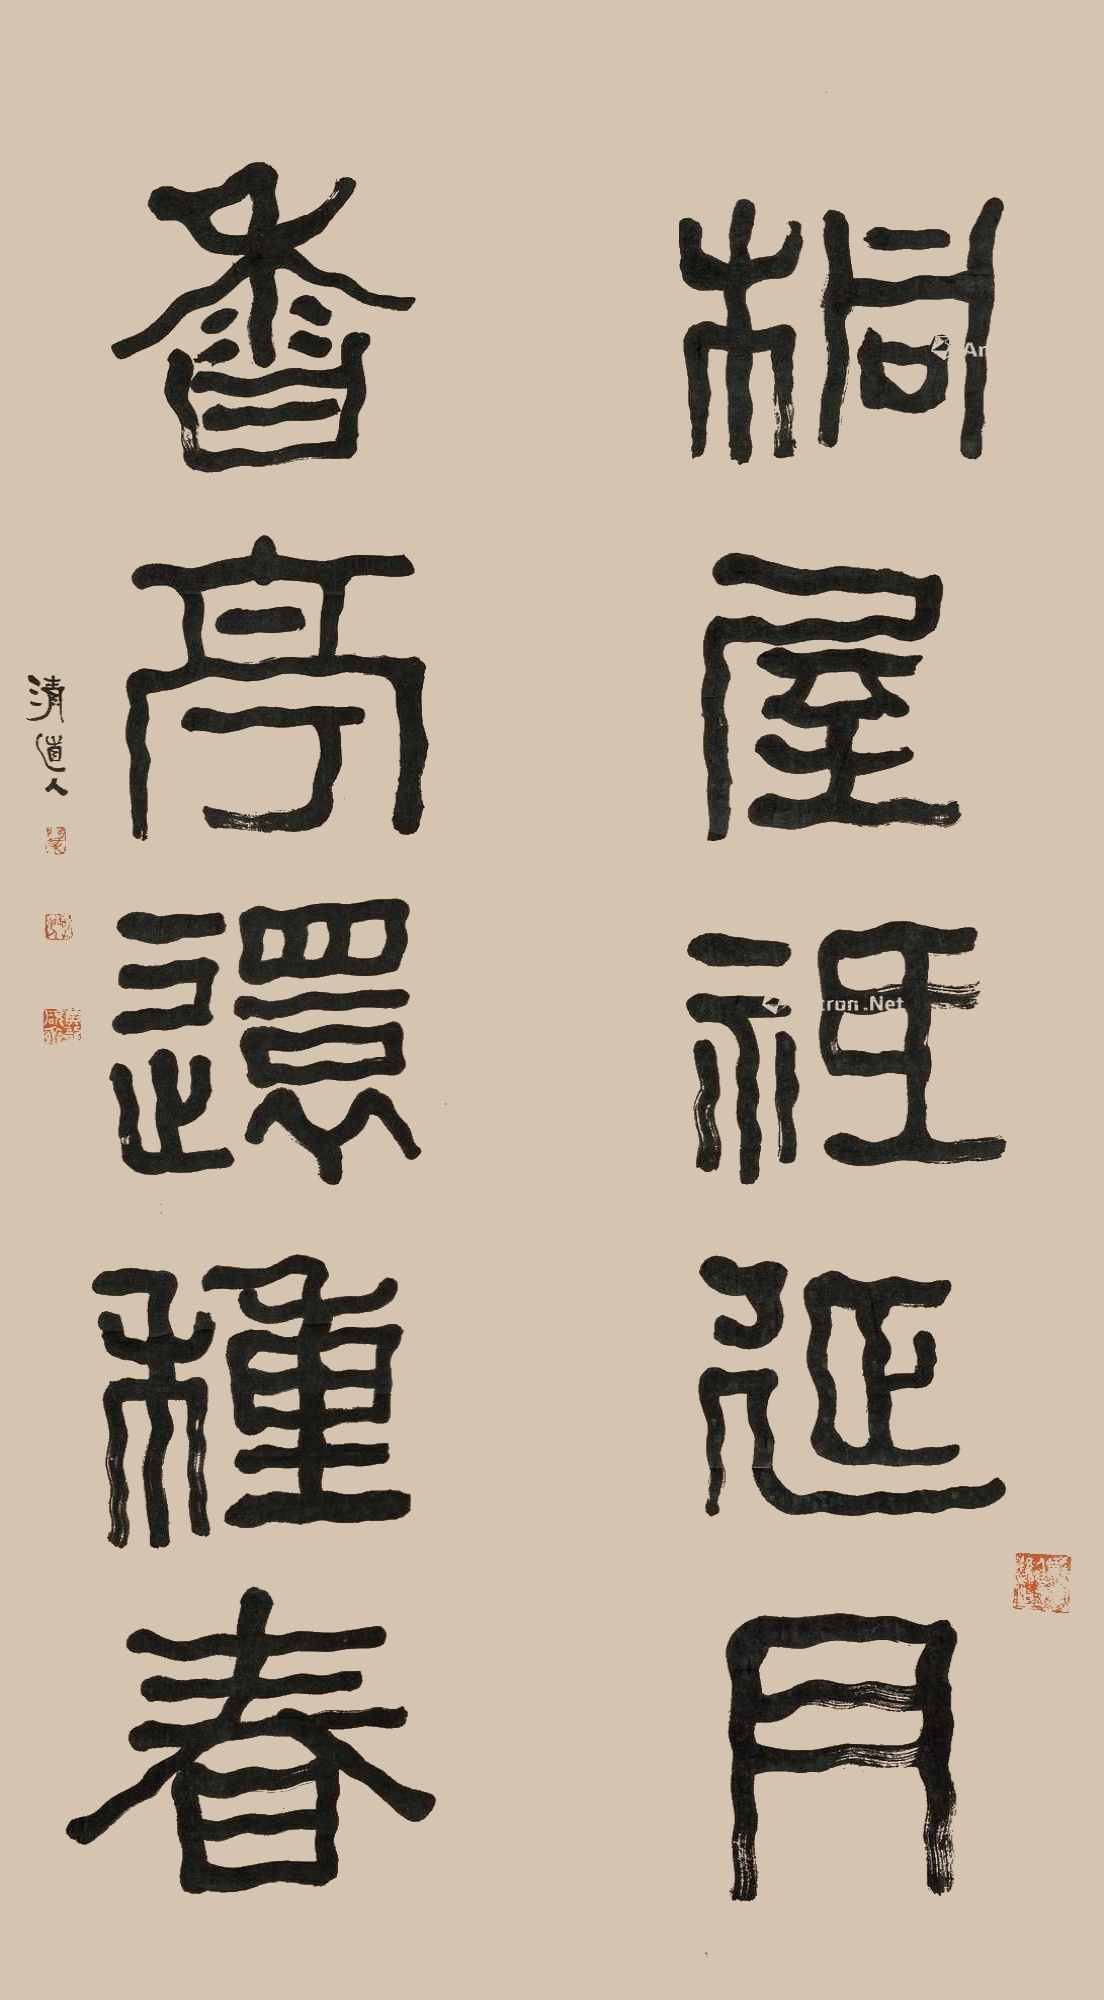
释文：桐屋祗延月，香亭还种春。清道人。